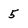
Character: 5